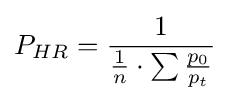
P_{HR}={\frac {1}{{\frac {1}{n}}\cdot \sum {\frac {p_{0}}{p_{t}}}}}